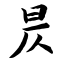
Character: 昃